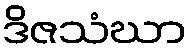
ဒိဇသံဃာ